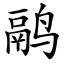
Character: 鹝